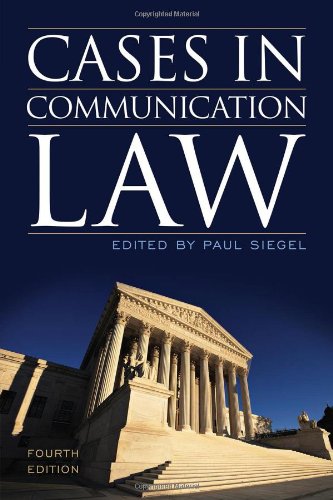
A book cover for Cases in Communication Law; Paul Siegel; Law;